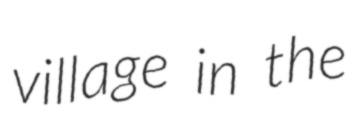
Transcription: village in the